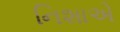
નિશાએ